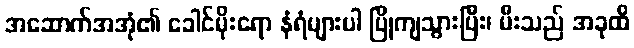
အဆောက်အအုံ၏ ခေါင်မိုးရော နံရံများပါ ပြိုကျသွားပြီး၊ မီးသည် အခုထိ